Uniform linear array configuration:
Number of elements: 64
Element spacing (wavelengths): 0.5
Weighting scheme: uniform
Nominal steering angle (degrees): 60
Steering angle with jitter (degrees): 61.022
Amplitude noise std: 0.05
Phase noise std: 0.05

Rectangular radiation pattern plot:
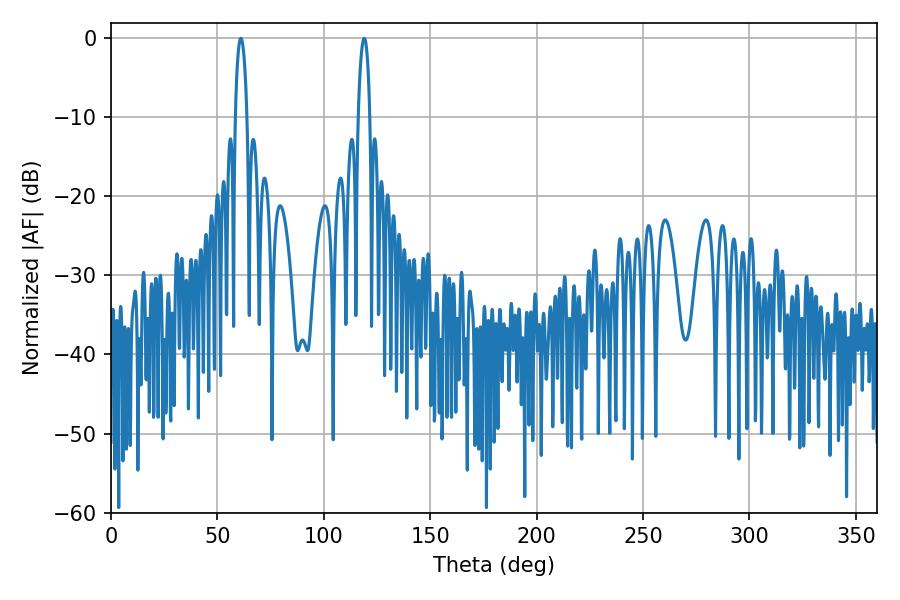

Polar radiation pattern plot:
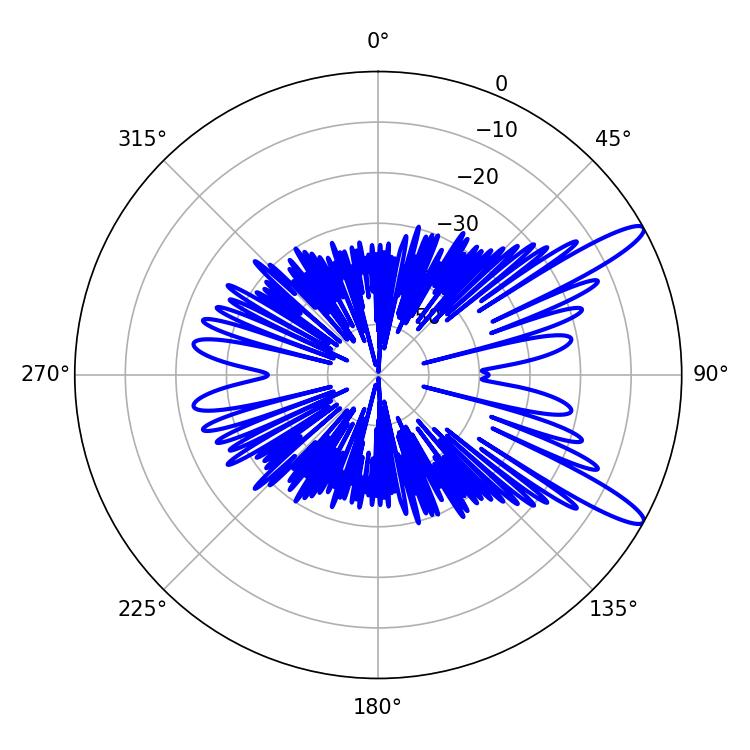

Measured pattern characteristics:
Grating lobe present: FALSE
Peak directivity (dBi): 12.589
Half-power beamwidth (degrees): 3.06
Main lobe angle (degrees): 61.02